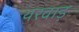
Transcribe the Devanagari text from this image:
थरवाड़